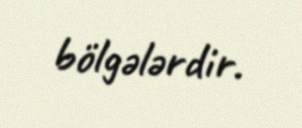
bölgələrdir.